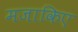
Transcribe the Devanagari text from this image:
मजाकिए